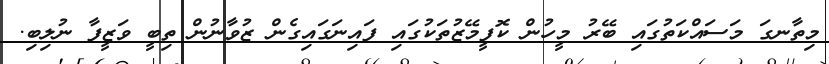
މިތާނގަ މަސައްކަތުގައި ބޭރު މީހުން ކޮފީމޭޒުތަކުގައި ފައިނަގައިގެން ޒުވާނުން ތިބީ ވަޒީފާ ނުލިބި.